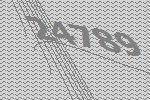
24789